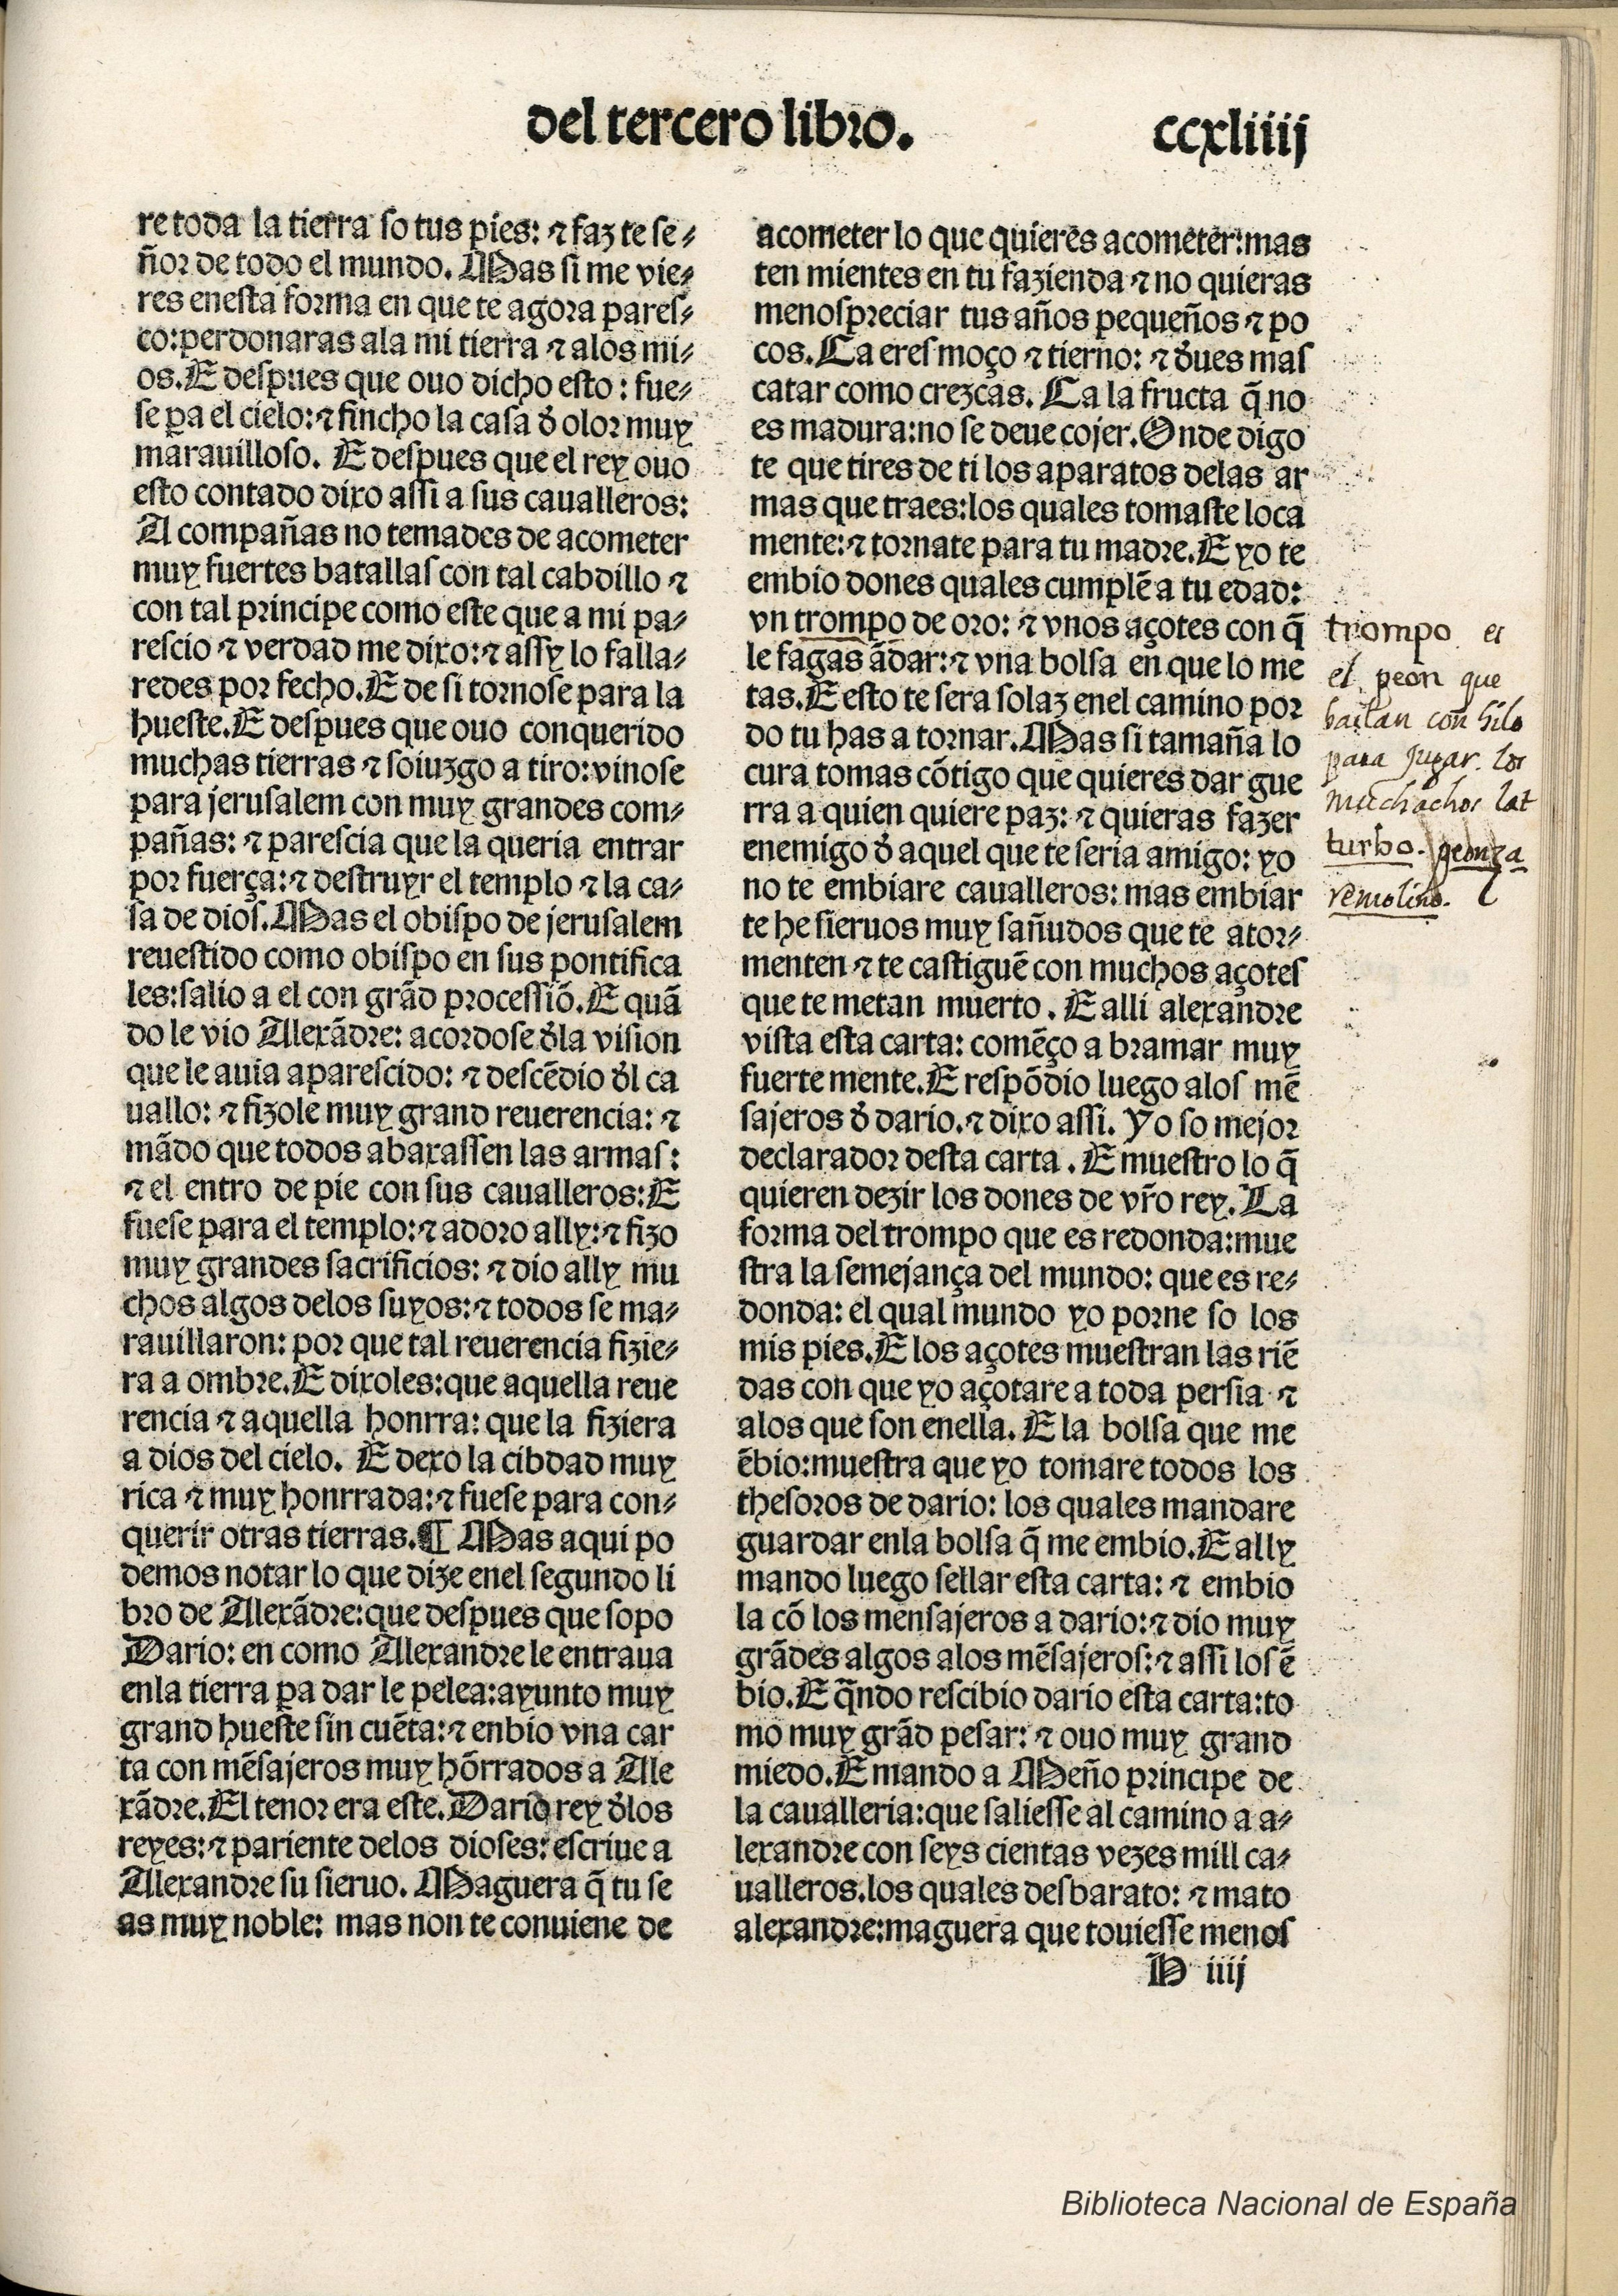
Shelfmark: Madrid, BNE, Inc. 901
Century: 15